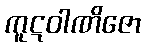
ကူဋဝါဏိဇော